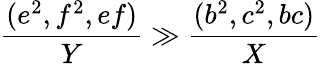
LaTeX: \frac{(e^{2},f^{2},ef)}{Y}\gg\frac{(b^{2},c^{2},bc)}{X}